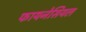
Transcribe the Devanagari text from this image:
फायनेसियल